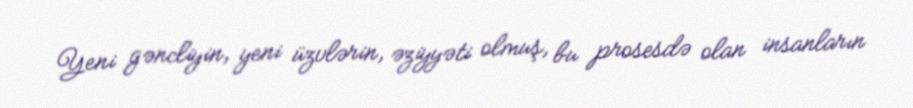
Yeni gəncliyin, yeni üzvlərin, əziyyəti olmuş, bu prosesdə olan insanların